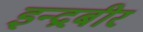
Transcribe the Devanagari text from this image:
इन्द्रबीर